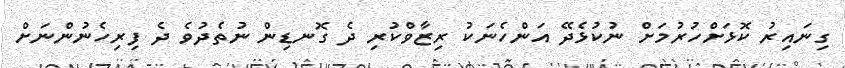
ގިނައިރު ކޮޅަށްހުރުމަށް ނުކުޅެދޭ އަންހެނަކު ރިޒާވްކުރި ދެ ގޮނޑިން ނުތެދުވެ ދެ ފިރިހެނުންނަށް